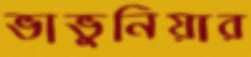
ভাভুনিয়ার